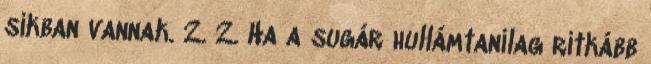
síkban vannak. 2. 2. Ha a sugár hullámtanilag ritkább